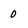
Character: 0